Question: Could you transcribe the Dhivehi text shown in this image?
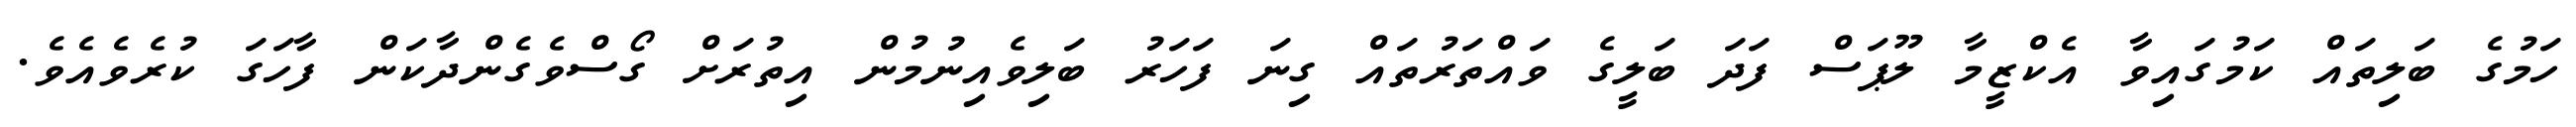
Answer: ހަމުގެ ބަލިތައް ކަމުގައިވާ އެކްޒީމާ ލޫޕަސް ފަދަ ބަލީގެ ވައްތަރުތައް ގިނަ ފަހަރު ބަލިވެއިނުމުން އިތުރަށް ގޯސްވެގެންދާކަން ފާހަގަ ކުރެވެއެވެ.